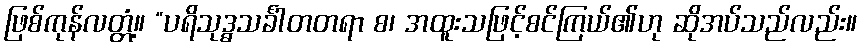
ဖြစ်ကုန်လတ္တံ့။ “ပရိသုဒ္ဓသင်္ခါတတရာ စ၊ အထူးသဖြင့်စင်ကြယ်၏ဟု ဆိုအပ်သည်လည်း။